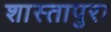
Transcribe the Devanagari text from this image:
शास्तापुरा